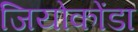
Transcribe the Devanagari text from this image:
जियोकोंडा